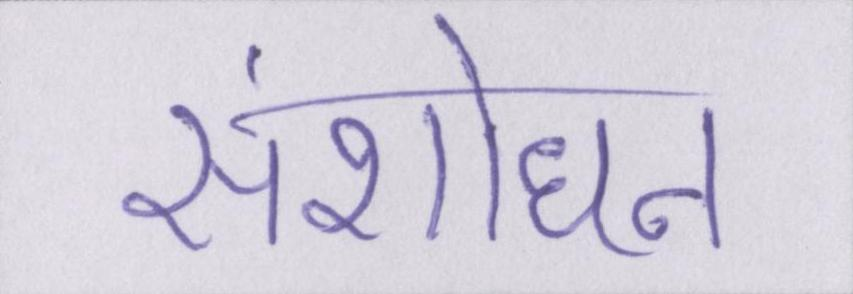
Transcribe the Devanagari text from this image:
संशोधन